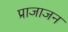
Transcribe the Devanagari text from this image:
प्राजाजन